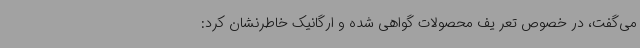
می‌گفت، در خصوص تعر یف محصولات گواهی شده و ارگانیک خاطرنشان کرد: